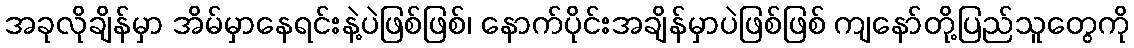
အခုလိုချိန်မှာ အိမ်မှာနေရင်းနဲ့ပဲဖြစ်ဖြစ်၊ နောက်ပိုင်းအချိန်မှာပဲဖြစ်ဖြစ် ကျနော်တို့ပြည်သူတွေကို